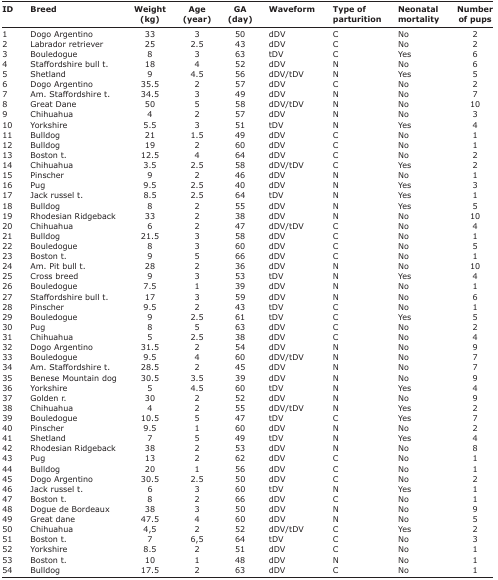
<table><thead><tr><td><b>ID</b></td><td><b>Breed</b></td><td><b>Weight (kg)</b></td><td><b>Age (year)</b></td><td><b>GA (day)</b></td><td><b>Waveform</b></td><td><b>Type of parturition</b></td><td><b>Neonatal mortality</b></td><td><b>Number of pups</b></td></tr></thead><tbody><tr><td>1</td><td>DogoArgentino</td><td>33</td><td>3</td><td>50</td><td>dDV</td><td>C</td><td>No</td><td>2</td></tr><tr><td>2</td><td>Labrador retriever</td><td>25</td><td>2.5</td><td>43</td><td>dDV</td><td>C</td><td>No</td><td>2</td></tr><tr><td>3</td><td>Bouledogue</td><td>8</td><td>3</td><td>63</td><td>tDV</td><td>C</td><td>Yes</td><td>6</td></tr><tr><td>4</td><td>Staffordshire bull t.</td><td>18</td><td>4</td><td>52</td><td>dDV</td><td>N</td><td>No</td><td>6</td></tr><tr><td>5</td><td>Shetland</td><td>9</td><td>4.5</td><td>56</td><td>dDV/tDV</td><td>N</td><td>Yes</td><td>5</td></tr><tr><td>6</td><td>DogoArgentino</td><td>35.5</td><td>2</td><td>57</td><td>dDV</td><td>C</td><td>No</td><td>2</td></tr><tr><td>7</td><td>Am. Staffordshire t.</td><td>34.5</td><td>3</td><td>49</td><td>dDV</td><td>N</td><td>No</td><td>7</td></tr><tr><td>8</td><td>Great Dane</td><td>50</td><td>5</td><td>58</td><td>dDV/tDV</td><td>N</td><td>No</td><td>10</td></tr><tr><td>9</td><td>Chihuahua</td><td>4</td><td>2</td><td>57</td><td>dDV</td><td>N</td><td>No</td><td>3</td></tr><tr><td>10</td><td>Yorkshire</td><td>5.5</td><td>3</td><td>51</td><td>tDV</td><td>N</td><td>Yes</td><td>4</td></tr><tr><td>11</td><td>Bulldog</td><td>21</td><td>1.5</td><td>49</td><td>dDV</td><td>C</td><td>No</td><td>1</td></tr><tr><td>12</td><td>Bulldog</td><td>19</td><td>2</td><td>60</td><td>dDV</td><td>C</td><td>No</td><td>1</td></tr><tr><td>13</td><td>Boston t.</td><td>12.5</td><td>4</td><td>64</td><td>dDV</td><td>C</td><td>No</td><td>2</td></tr><tr><td>14</td><td>Chihuahua</td><td>3.5</td><td>2.5</td><td>58</td><td>dDV/tDV</td><td>C</td><td>Yes</td><td>2</td></tr><tr><td>15</td><td>Pinscher</td><td>9</td><td>2</td><td>46</td><td>dDV</td><td>N</td><td>No</td><td>1</td></tr><tr><td>16</td><td>Pug</td><td>9.5</td><td>2.5</td><td>40</td><td>dDV</td><td>N</td><td>Yes</td><td>3</td></tr><tr><td>17</td><td>Jack russel t.</td><td>8.5</td><td>2.5</td><td>64</td><td>tDV</td><td>N</td><td>Yes</td><td>1</td></tr><tr><td>18</td><td>Bulldog</td><td>8</td><td>2</td><td>55</td><td>dDV</td><td>N</td><td>Yes</td><td>5</td></tr><tr><td>19</td><td>Rhodesian Ridgeback</td><td>33</td><td>2</td><td>38</td><td>dDV</td><td>N</td><td>No</td><td>10</td></tr><tr><td>20</td><td>Chihuahua</td><td>6</td><td>2</td><td>47</td><td>dDV/tDV</td><td>C</td><td>No</td><td>4</td></tr><tr><td>21</td><td>Bulldog</td><td>21.5</td><td>3</td><td>58</td><td>dDV</td><td>C</td><td>No</td><td>1</td></tr><tr><td>22</td><td>Bouledogue</td><td>8</td><td>3</td><td>60</td><td>dDV</td><td>C</td><td>No</td><td>5</td></tr><tr><td>23</td><td>Boston t.</td><td>9</td><td>5</td><td>66</td><td>dDV</td><td>C</td><td>No</td><td>1</td></tr><tr><td>24</td><td>Am. Pit bull t.</td><td>28</td><td>2</td><td>36</td><td>dDV</td><td>N</td><td>No</td><td>10</td></tr><tr><td>25</td><td>Cross breed</td><td>9</td><td>3</td><td>53</td><td>tDV</td><td>N</td><td>Yes</td><td>4</td></tr><tr><td>26</td><td>Bouledogue</td><td>7.5</td><td>1</td><td>39</td><td>dDV</td><td>N</td><td>No</td><td>1</td></tr><tr><td>27</td><td>Staffordshire bull t.</td><td>17</td><td>3</td><td>59</td><td>dDV</td><td>N</td><td>No</td><td>6</td></tr><tr><td>28</td><td>Pinscher</td><td>9.5</td><td>2</td><td>43</td><td>tDV</td><td>C</td><td>No</td><td>1</td></tr><tr><td>29</td><td>Bouledogue</td><td>9</td><td>2.5</td><td>61</td><td>tDV</td><td>C</td><td>Yes</td><td>5</td></tr><tr><td>30</td><td>Pug</td><td>8</td><td>5</td><td>63</td><td>dDV</td><td>C</td><td>No</td><td>2</td></tr><tr><td>31</td><td>Chihuahua</td><td>5</td><td>2.5</td><td>38</td><td>dDV</td><td>C</td><td>No</td><td>4</td></tr><tr><td>32</td><td>DogoArgentino</td><td>31.5</td><td>2</td><td>54</td><td>dDV</td><td>N</td><td>No</td><td>9</td></tr><tr><td>33</td><td>Bouledogue</td><td>9.5</td><td>4</td><td>60</td><td>dDV/tDV</td><td>N</td><td>No</td><td>7</td></tr><tr><td>34</td><td>Am. Staffordshire t.</td><td>28.5</td><td>2</td><td>45</td><td>dDV</td><td>N</td><td>No</td><td>7</td></tr><tr><td>35</td><td>Benese Mountain dog</td><td>30.5</td><td>3.5</td><td>39</td><td>dDV</td><td>N</td><td>No</td><td>9</td></tr><tr><td>36</td><td>Yorkshire</td><td>5</td><td>4.5</td><td>60</td><td>tDV</td><td>N</td><td>Yes</td><td>4</td></tr><tr><td>37</td><td>Golden r.</td><td>30</td><td>2</td><td>52</td><td>dDV</td><td>N</td><td>No</td><td>9</td></tr><tr><td>38</td><td>Chihuahua</td><td>4</td><td>2</td><td>55</td><td>dDV/tDV</td><td>N</td><td>Yes</td><td>2</td></tr><tr><td>39</td><td>Bouledogue</td><td>10.5</td><td>5</td><td>47</td><td>tDV</td><td>C</td><td>Yes</td><td>7</td></tr><tr><td>40</td><td>Pinscher</td><td>9.5</td><td>1</td><td>60</td><td>dDV</td><td>N</td><td>No</td><td>2</td></tr><tr><td>41</td><td>Shetland</td><td>7</td><td>5</td><td>49</td><td>tDV</td><td>N</td><td>Yes</td><td>4</td></tr><tr><td>42</td><td>Rhodesian Ridgeback</td><td>38</td><td>2</td><td>53</td><td>dDV</td><td>N</td><td>No</td><td>8</td></tr><tr><td>43</td><td>Pug</td><td>13</td><td>2</td><td>62</td><td>dDV</td><td>C</td><td>No</td><td>1</td></tr><tr><td>44</td><td>Bulldog</td><td>20</td><td>1</td><td>56</td><td>dDV</td><td>C</td><td>No</td><td>1</td></tr><tr><td>45</td><td>DogoArgentino</td><td>30.5</td><td>2.5</td><td>50</td><td>dDV</td><td>C</td><td>No</td><td>2</td></tr><tr><td>46</td><td>Jack russel t.</td><td>6</td><td>3</td><td>60</td><td>tDV</td><td>N</td><td>Yes</td><td>1</td></tr><tr><td>47</td><td>Boston t.</td><td>8</td><td>2</td><td>66</td><td>dDV</td><td>C</td><td>No</td><td>1</td></tr><tr><td>48</td><td>Dogue de Bordeaux</td><td>38</td><td>3</td><td>50</td><td>dDV</td><td>N</td><td>No</td><td>9</td></tr><tr><td>49</td><td>Great dane</td><td>47.5</td><td>4</td><td>60</td><td>dDV</td><td>N</td><td>No</td><td>5</td></tr><tr><td>50</td><td>Chihuahua</td><td>4,5</td><td>2</td><td>52</td><td>dDV/tDV</td><td>C</td><td>Yes</td><td>2</td></tr><tr><td>51</td><td>Boston t.</td><td>7</td><td>6,5</td><td>64</td><td>tDV</td><td>C</td><td>No</td><td>3</td></tr><tr><td>52</td><td>Yorkshire</td><td>8.5</td><td>2</td><td>51</td><td>dDV</td><td>C</td><td>No</td><td>1</td></tr><tr><td>53</td><td>Boston t.</td><td>10</td><td>1</td><td>48</td><td>dDV</td><td>N</td><td>No</td><td>1</td></tr><tr><td>54</td><td>Bulldog</td><td>17.5</td><td>2</td><td>63</td><td>dDV</td><td>C</td><td>No</td><td>1</td></tr></tbody></table>